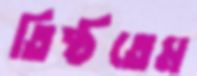
তিষ্ঠতেম